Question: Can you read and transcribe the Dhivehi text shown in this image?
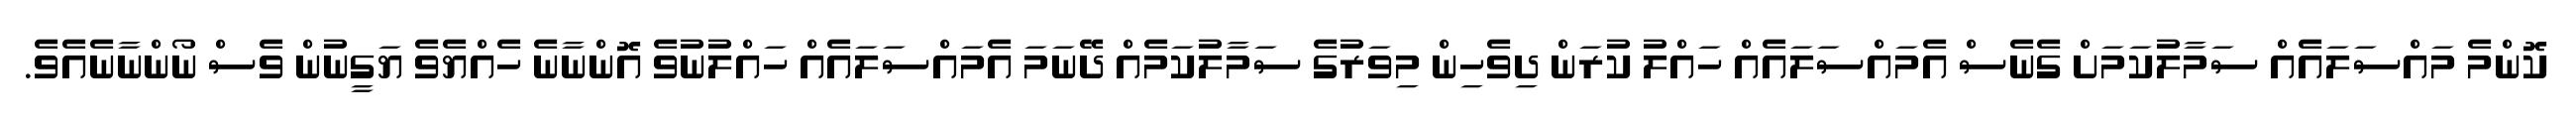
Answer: ކޮންމެ މައްސަލައެއް ސަމާލުކަމަށް ގެނެސް އެމައްސަލައެއް ހައްލު ކުރަން ދިވެހިން މިވަރުގެ ސަމާލުކަމެއް ދޭނަމަ އެމައްސަލައެއް ހައްލުނުވެ އޮންނާނެ ހެއްޔެވެ ޔަގީނުން ވެސް ނޯންނާނެއެވެ.